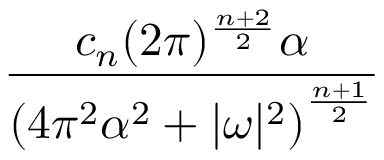
\frac { c _ { n } ( 2 \pi ) ^ { \frac { n + 2 } { 2 } } \alpha } { \left( 4 \pi ^ { 2 } \alpha ^ { 2 } + | { \boldsymbol { \omega } } | ^ { 2 } \right) ^ { \frac { n + 1 } { 2 } } }